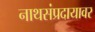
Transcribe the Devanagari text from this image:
नाथसंप्रदायावर